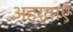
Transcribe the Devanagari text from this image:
अहर्ताएँ